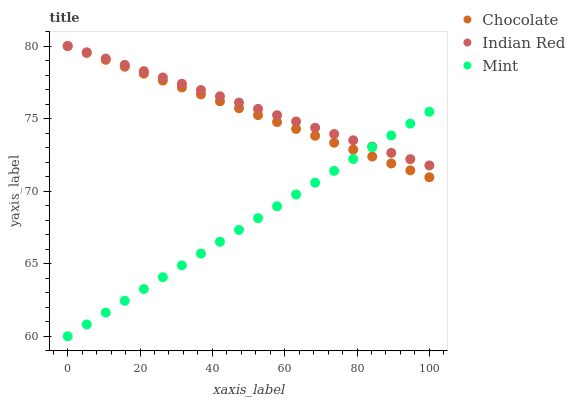
| xaxis_label | Chocolate | Indian Red | Mint |
 | --- | --- | --- | --- |
 | 0 | 80 | 80 | 60 |
 | 5.26 | 79.5 | 79.6 | 60.8 |
 | 10.5 | 79 | 79.1 | 61.6 |
 | 15.8 | 78.6 | 78.7 | 62.4 |
 | 21.1 | 78.1 | 78.3 | 63.3 |
 | 26.3 | 77.6 | 77.8 | 64.1 |
 | 31.6 | 77.1 | 77.4 | 64.9 |
 | 36.8 | 76.7 | 77 | 65.7 |
 | 42.1 | 76.2 | 76.5 | 66.5 |
 | 47.4 | 75.7 | 76.1 | 67.3 |
 | 52.6 | 75.2 | 75.7 | 68.1 |
 | 57.9 | 74.8 | 75.2 | 69 |
 | 63.2 | 74.3 | 74.8 | 69.8 |
 | 68.4 | 73.8 | 74.4 | 70.6 |
 | 73.7 | 73.3 | 73.9 | 71.4 |
 | 78.9 | 72.9 | 73.5 | 72.2 |
 | 84.2 | 72.4 | 73.1 | 73 |
 | 89.5 | 71.9 | 72.6 | 73.8 |
 | 94.7 | 71.4 | 72.2 | 74.7 |
 | 100 | 71 | 71.8 | 75.5 |